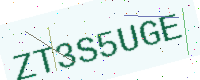
Text: ZT3S5UGE